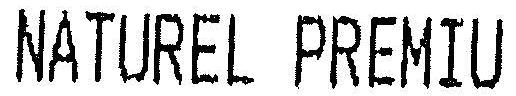
NATUREL PREMIU